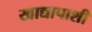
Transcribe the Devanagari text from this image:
खाद्यापाशी